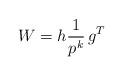
LaTeX: \begin{align*} W = h\frac{1}{p^k}\, g^T\end{align*}